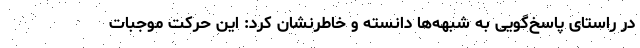
در راستای پاسخ‌گویی به شبهه‌ها دانسته و خاطرنشان کرد: این حرکت موجبات